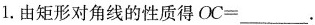
1.由矩形对角线的性质得$$O C = ___$$.